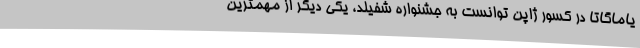
یاماگاتا در کسور ژاپن توانست به جشنواره شفیلد، یکی دیگر از مهمترین